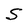
Character: S